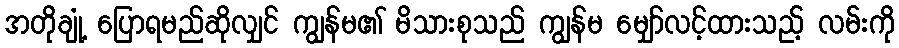
အတိုချုံ့ ပြောရမည်ဆိုလျှင် ကျွန်မ၏ မိသားစုသည် ကျွန်မ မျှော်လင့်ထားသည့် လမ်းကို